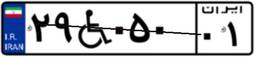
۲۹W۰۵۰۰۱